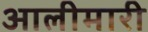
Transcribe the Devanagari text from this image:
आलीमारी